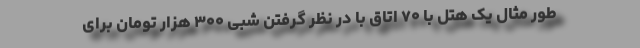
طور مثال یک هتل با ۷۰ اتاق با در نظر گرفتن شبی ۳۰۰ هزار تومان برای